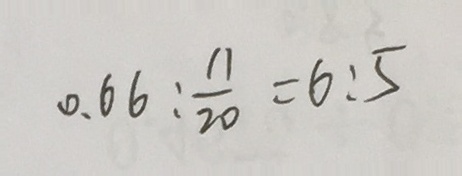
0 . 6 6 : \frac { 1 1 } { 2 0 } = 6 : 5